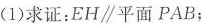
(1)求证：EH \parallel 平面PAB；